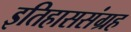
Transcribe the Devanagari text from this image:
इतिहाससंग्रह